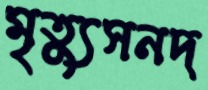
মৃত্যুসনদ